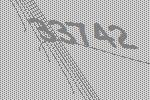
33742